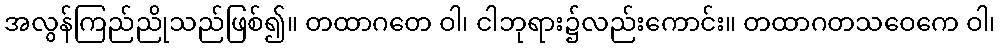
အလွန်ကြည်ညိုသည်ဖြစ်၍။ တထာဂတေ ဝါ၊ ငါဘုရား၌လည်းကောင်း။ တထာဂတသဝေကေ ဝါ၊